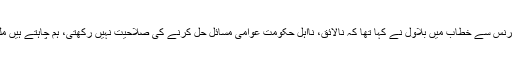
اجلاس کے بعد پریس کانفرنس سے خطاب میں بلاول نے کہا تھا کہ نالائق، نااہل حکومت عوامی مسائل حل کرنے کی صلاحیت نہیں رکھتی، ہم چاہتے ہیں ملک میں معاشی انصاف ہو۔